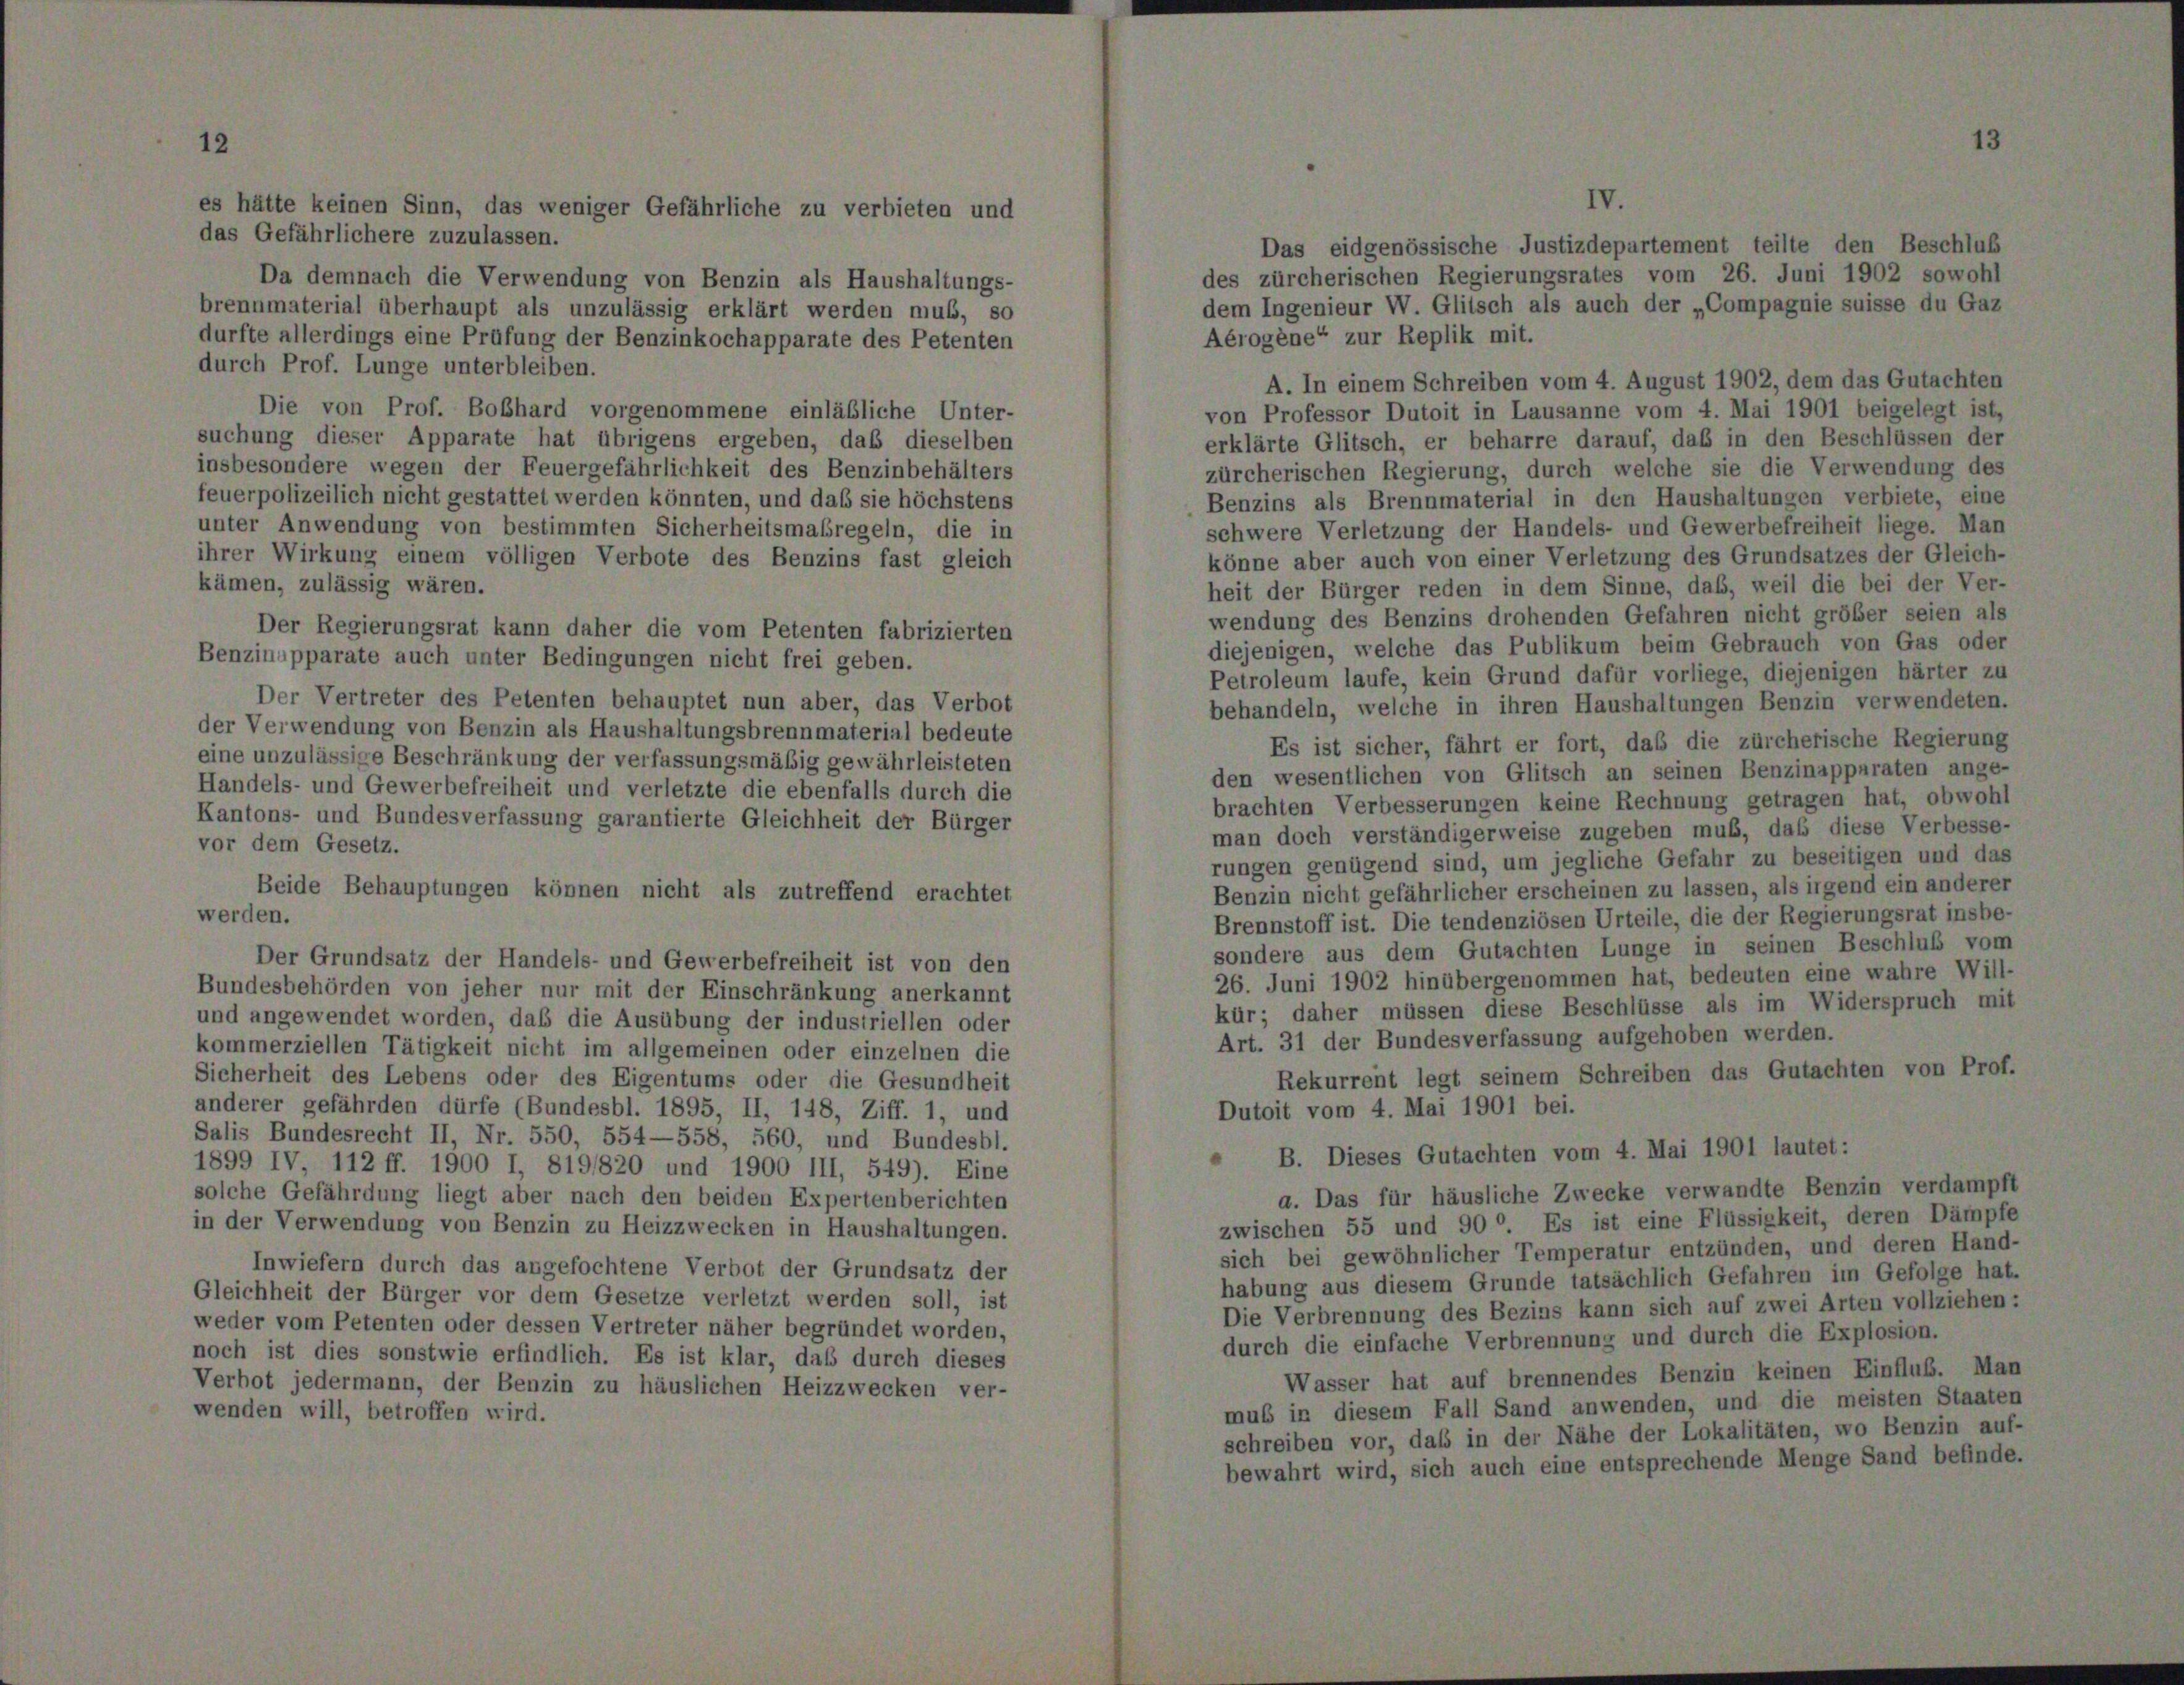
hätte h

n

ver

ger Gefährliche

u verbieten u

Da demnach die Verwendung von Benzin als Haushaltungs-
brennmaterial überhaupt als unzulässig erklärt werden muß, so
durfte allerdings eine Prüfung der Benzinkochapparate des Petenten
durch Prof. Lunge unterbleiben.
Die von Prof. Boßhard vorgenommene einläßliche Unter-
suchung dieser Apparate hat übrigens ergeben, daß dieselben
insbesondere wegen der Feuergefährlichkeit des Benzinbehälters
feuerpolizeilich nicht gestattet werden könnten, und das sie höchstens
unter Anwendung von bestimmten Sicherheitsmaßregeln, die in
ihrer Wirkung einem völligen Verbote des Benzins fast gleich
kämen, zulässig wären.
Der Regierungsrat kann daher die vom Petenten fabrizierten
Benzinapparate auch unter Bedingungen nicht frei geben.
Der Vertreter des Petenten behauptet nun aber, das Verbot
der Verwendung von Benzin als Haushaltungsbrennmaterial bedeute
eine unzulässige Beschränkung der verfassungsmäßig gewährleisteten
Handels- und Gewerbefreiheit und verletzte die ebenfalls durch die
Kantons- und Bundesverfassung garantierte Gleichheit der Bürger
vor dem Gesetz.
Beide Behauptungen können nicht als zutreffend erachtet
werden.
Der Grundsatz der Handels- und Gewerbefreiheit ist von den
Bundesbehörden von jeher nur mit der Einschränkung anerkannt
und angewendet worden, daß die Ausübung der industriellen oder
kommerziellen Tätigkeit nicht im allgemeinen oder einzelnen die
Sicherheit des Lebens oder des Eigentums oder die Gesundheit
anderer gefährden dürfe (Bundesbl. 1895, II, 148, Ziff. 1, und
Salis Bundesrecht II, Nr. 550, 554—558, 560, und Bundesbl.
1899 IV, 112 ff. 1900 I, 8191820 und 1900 III, 549). Eine
solche Gefährdung liegt aber nach den beiden Expertenberichten
in der Verwendung von Benzin zu Heizzwecken in Haushaltungen
Inwiefern durch das angefochtene Verbot der Grundsatz der
Gleichheit der Bürger vor dem Gesetze verletzt werden soll, ist
weder vom Petenten oder dessen Vertreter näher begründet worden,
noch ist dies sonstwie erfindlich. Es ist klar, daß durch dieses
Verbot jedermann, der Benzin zu häuslichen Heizzwecken ver-
wenden will, betroffen wird.

A. In einem Schreiben vom 4. August 1902, dem das Gutachte
von Professor Dutoit in Lausanne vom 4. Mai 1901 beigelegt is
erklärte Glitsch, er beharre darauf, daß in den Beschlüssen d.
zürcherischen Regierung, durch welche sie die Verwendung d
Benzins als Brennmaterial in den Haushaltungen verbiete, ei
schwere Verletzung der Handels- und Gewerbefreiheit liege. Me
könne aber auch von einer Verletzung des Grundsatzes der Gleic
heit der Bürger reden in dem Sinne, daß, weil die bei der Ve
wendung des Benzins drohenden Gefahren nicht gröber seien
diejenigen, welche das Publikum beim Gebrauch von Gas o
Petroleum laufe, kein Grund dafür vorliege, diejenigen härter
behandeln, welche in ihren Haushaltungen Benzin verwendete
Es ist sicher, fährt er fort, das die zürcherische Regierun
den wesentlichen von Glitsch an seinen Benzinapparaten ang
brachten Verbesserungen keine Rechnung getragen hat, obwo
man doch verständigerweise zugeben muß, daß diese Verbess
rungen genügend sind, um jegliche Gefahr zu beseitigen und e
Benzin nicht gefährlicher erscheinen zu lassen, als irgend ein ande
Brennstoff ist. Die tendenziösen Urteile, die der Regierungsrat inst
sondere aus dem Gutachten Lunge in seinen Beschluß v.
26. Juni 1902 hinübergenommen hat, bedeuten eine wahre W
kür; daher müssen diese Beschlüsse als im Widerspruch
Art. 31 der Bundesverfassung aufgehoben werden.
Rekurrent legt seinem Schreiben das Gutachten von P
Dutoit vom 4. Mai 1901 bei.
B. Dieses Gutachten vom 4. Mai 1901 lautet:
a. Das für häusliche Zwecke verwandte Benzin verdam
zwischen 55 und 900. Es ist eine Flüssigkeit, deren Däm
sich bei gewöhnlicher Temperatur entzünden, und deren Ha
habung aus diesem Grunde tatsächlich Gefahren im Gefolge l
Die Verbrennung des Bezins kann sich auf zwei Arten vollzieht
durch die einfache Verbrennung und durch die Explosion.
Wasser hat auf brennendes Benzin keinen Einfluß. I
mus in diesem Fall Sand anwenden, und die meisten Staa
schreiben vor, daß in der Nähe der Lokalitäten, wo Benzin
bewahrt wird, sich auch eine entsprechende Menge Sand befi

Das eidgenössische Justizdepartei
s zürcherischen Regierungsrates vor
m Ingenieur W. Glitsch als auch de
Aérogène“ zur Replik mit.